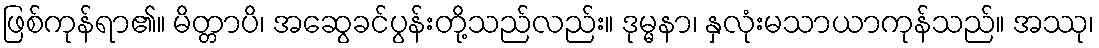
ဖြစ်ကုန်ရာ၏။ မိတ္တာပိ၊ အဆွေခင်ပွန်းတို့သည်လည်း။ ဒုမ္မနာ၊ နှလုံးမသာယာကုန်သည်။ အဿု၊